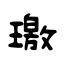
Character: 璬